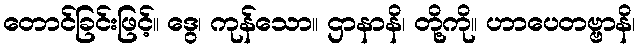
တောင်ခြင်းဖြင့်။ ဒွေ၊ ကုန်သော။ ဌာနာနိ၊ တို့ကို။ ဟာပေတဗ္ဗာနိ၊